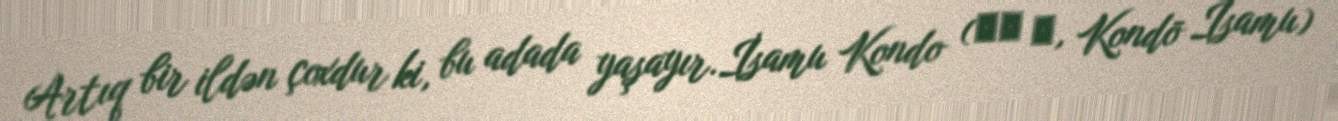
Artıq bir ildən çoxdur ki, bu adada yaşayır.İsamu Kondo (近藤 勇, Kondō Isamu)